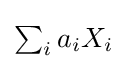
{\textstyle \sum _{i}a_{i}X_{i}}